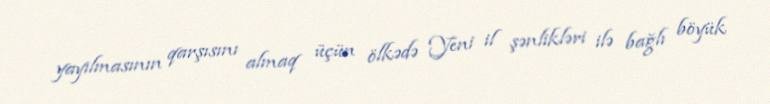
yayılmasının qarşısını almaq üçün ölkədə Yeni il şənlikləri ilə bağlı böyük